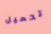
تحميل